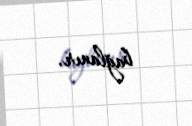
bağlanır.